Plague in India, 1896, 1897 - Volume 2
Year: 1896
Disease focus: Plague
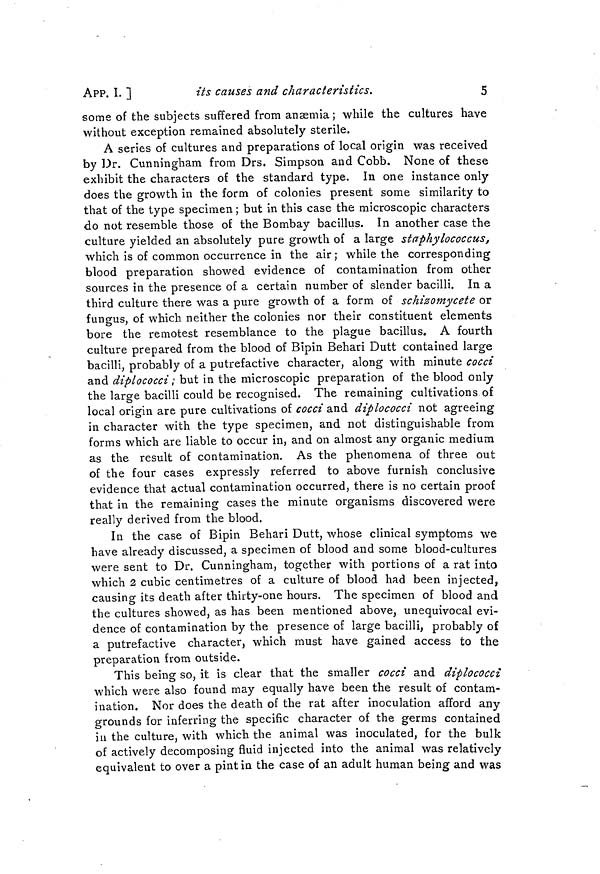
APP. I. ]
its causes and characteristics.
5
some of the subjects suffered from anæmia; while the cultures have
without exception remained absolutely sterile.
A series of cultures and preparations of local origin was received
by Dr. Cunningham from Drs. Simpson and Cobb. None of these
exhibit the characters of the standard type. In one instance only
does the growth in the form of colonies present some similarity to
that of the type specimen ; but in this case the microscopic characters
do not resemble those of the Bombay bacillus. In another case the
culture yielded an absolutely pure growth of a large staphylococcus,
which is of common occurrence in the air ; while the corresponding
blood preparation showed evidence of contamination from other
sources in the presence of a certain number of slender bacilli. In a
third culture there was a pure growth of a form of schizomycete or
fungus, of which neither the colonies nor their constituent elements
bore the remotest resemblance to the plague bacillus. A fourth
culture prepared from the blood of Bipin Behari Dutt contained large
bacilli, probably of a putrefactive character, along with minute cocci
and diplococci ; but in the microscopic preparation of the blood only
the large bacilli could be recognised. The remaining cultivations of
local origin are pure cultivations of cocci and diplococci not agreeing
in character with the type specimen, and not distinguishable from
forms which are liable to occur in, and on almost any organic medium
as the result of contamination. As the phenomena of three out
of the four cases expressly referred to above furnish conclusive
evidence that actual contamination occurred, there is no certain proof
that in the remaining cases the minute organisms discovered were
really derived from the blood.
In the case of Bipin Behari Dutt, whose clinical symptoms we
have already discussed, a specimen of blood and some blood-cultures
were sent to Dr. Cunningham, together with portions of a rat into
which 2 cubic centimetres of a culture of blood had been injected,
causing its death after thirty-one hours. The specimen of blood and
the cultures showed, as has been mentioned above, unequivocal evi-
dence of contamination by the presence of large bacilli, probably of
a putrefactive character, which must have gained access to the
preparation from outside.
This being so, it is clear that the smaller cocci and diplococci
which were also found may equally have been the result of contam-
ination. Nor does the death of the rat after inoculation afford any
grounds for inferring the specific character of the germs contained
in the culture, with which the animal was inoculated, for the bulk
of actively decomposing fluid injected into the animal was relatively
equivalent to over a pint in the case of an adult human being and was